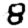
Digit: 8